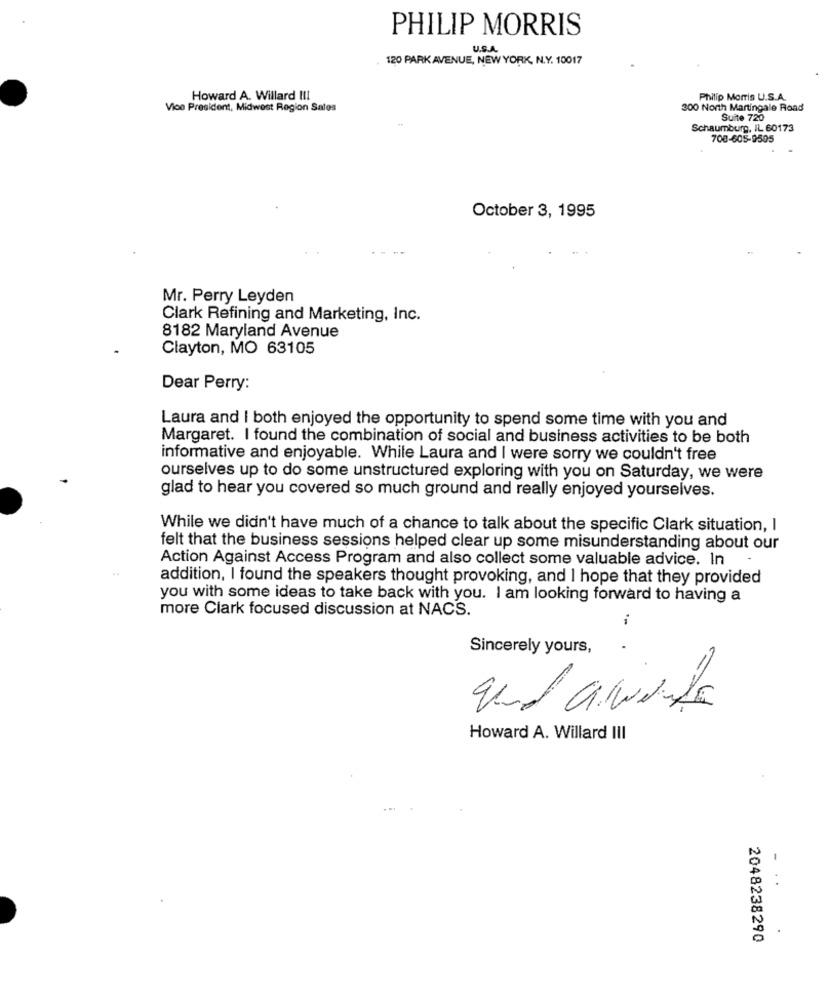
PHILIP MORRIS
U.S.A.
120 PARK AVENUE, NEW YORK, N.Y. 10017
Howard A. Willard !!!
Philip Morris U.S.A.
Vice President, Midwest Region Sales
300 North Martingale Road
Suite 720
Schaumburg, IL 60173
708-605-9505
October 3, 1995
Mr. Perry Leyden
Clark Refining and Marketing, Inc.
8182 Maryland Avenue
Clayton, MO 63105
Dear Perry:
Laura and I both enjoyed the opportunity to spend some time with you and
Margaret. I found the combination of social and business activities to be both
informative and enjoyable. While Laura and I were sorry we couldn't free
ourselves up to do some unstructured exploring with you on Saturday, we were
glad to hear you covered so much ground and really enjoyed yourselves.
While we didn't have much of a chance to talk about the specific Clark situation, I
felt that the business sessions helped clear up some misunderstanding about our
Action Against Access Program and also collect some valuable advice. In
..
addition, I found the speakers thought provoking, and I hope that they provided
you with some ideas to take back with you. I am looking forward to having a
more Clark focused discussion at NACS.
Sincerely yours,
Howard A. Willard III
..
2048238290